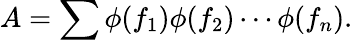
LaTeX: A=\sum\phi(f_{1})\phi(f_{2})\cdots\phi(f_{n}).